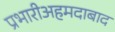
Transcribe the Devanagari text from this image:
प्रभारीअहमदाबाद